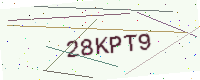
Text: 28KPT9